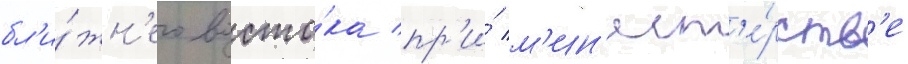
бл'и́жн'его восто́ка пр'и́ м'ин'ист'е́рств'е